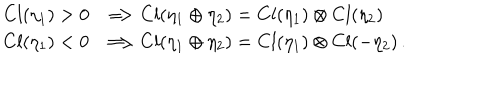
LaTeX: \begin{array} { l } { { C l ( \eta _ { 1 } ) > 0 \; \; \Longrightarrow C l ( \eta _ { 1 } \oplus \eta _ { 2 } ) = C l ( \eta _ { 1 } ) \otimes C l ( \eta _ { 2 } ) } } \\ { { C l ( \eta _ { 1 } ) < 0 \; \; \Longrightarrow C l ( \eta _ { 1 } \oplus \eta _ { 2 } ) = C l ( \eta _ { 1 } ) \otimes C l ( - \eta _ { 2 } ) \, . } } \\ \end{array}